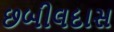
છબીલદાસ